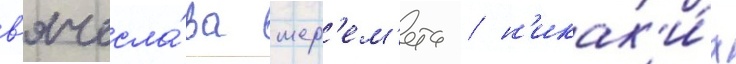
в'ячесла́ва шер'ем'ета / н'икак'и́х